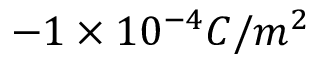
- 1 \times 1 0 ^ { - 4 } C / m ^ { 2 }